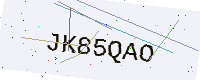
Text: JK85QAO